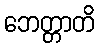
ဘေတ္တာတိ